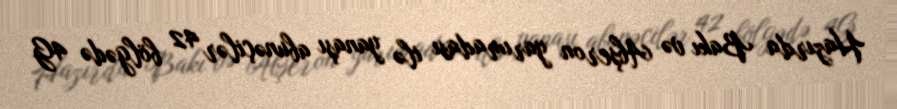
Hazırda Bakı və Abşeron yarımadası ilə yanaşı abunəçilər 42 bölgədə 4G